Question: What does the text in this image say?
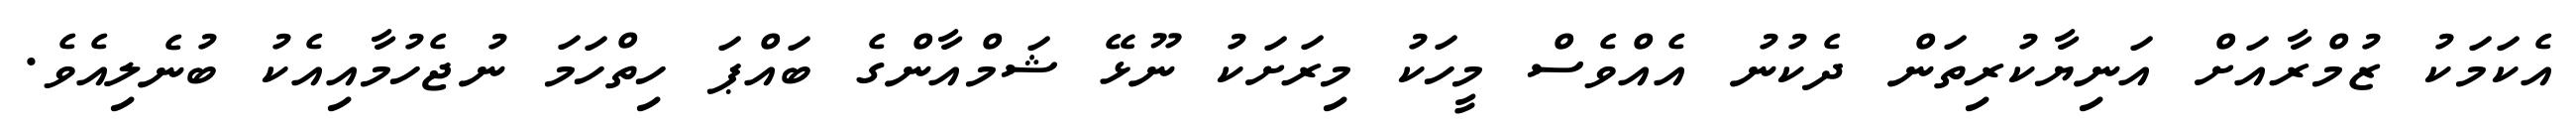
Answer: އެކަމަކު ޒުމްރާއަށް އަނިޔާކުރިތަން ދެކުނު އެއްވެސް މީހަކު މިރަށަކު ނޫޅޭ ޝަމްއާންގެ ބައްޕަ ހިތްހަމަ ނުޖެހުމާއިއެކު ބުނެލިއެވެ.